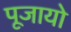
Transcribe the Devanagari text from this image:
पूजायो